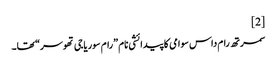
[2]
سمرتھ رام داس سوامی کا پیدائشی نام ”رام سوریاجی تھوسر“ تھا۔